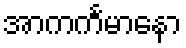
အာကင်္ကမာနော